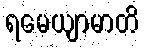
ရမေယျာမာတိ